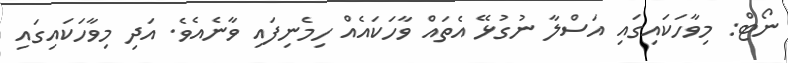
ނޯޓް: މިވާހަކައިގައި އަސްލާ ނުގުޅޭ އެތައް ވާހަކައެއް ހިމެނިފައި ވާނެއެވެ. އަދި މިވާހަކައިގައި